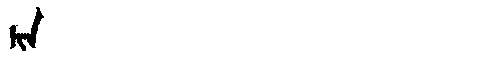
Manchu: Žᡳᠨ
Romanization: ŽIN